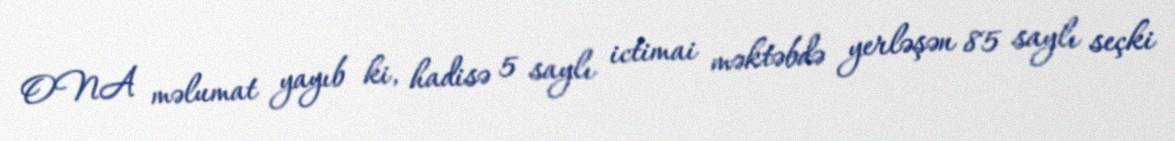
ONA məlumat yayıb ki, hadisə 5 saylı ictimai məktəbdə yerləşən 85 saylı seçki